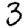
Digit: 3